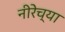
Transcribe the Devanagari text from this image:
नीरेच्या